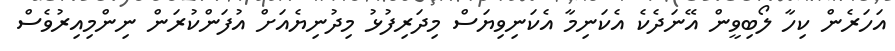
އަހަރެން ކިހާ ލޯބިވީން އޭނަދެކެ އެކަނިމާ އެކަނިވިޔަސް މިދަރިފުޅު މިދުނިޔެއަށް އުފަންކުރަން ނިންމިއިރުވެސް